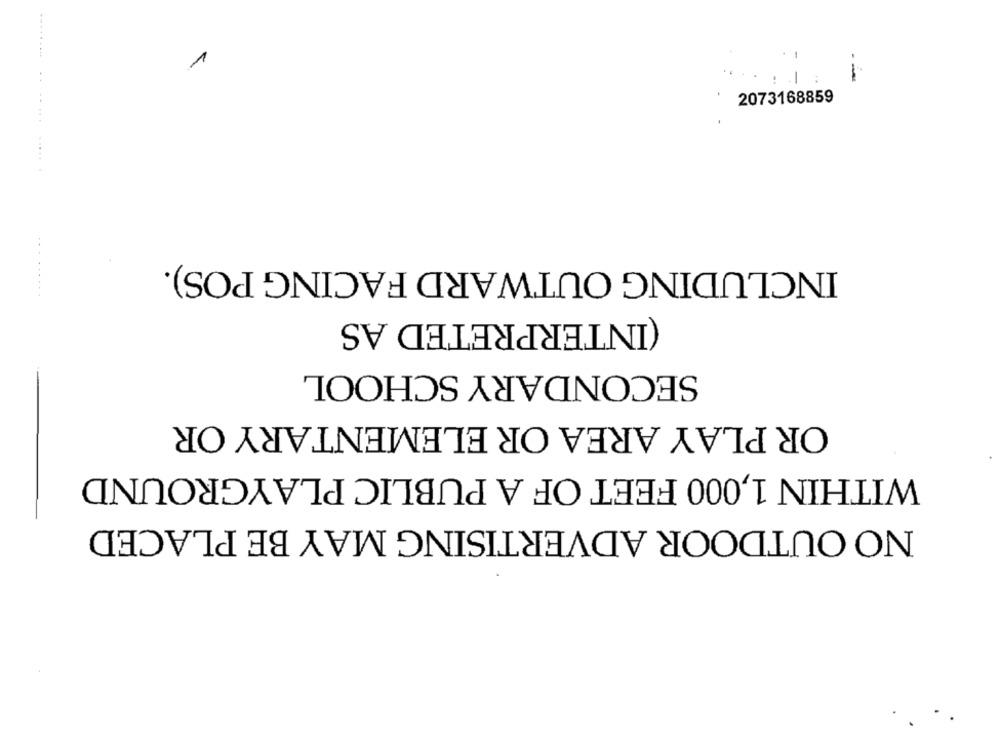
--
2073168859
INCLUDING OUTWARD FACING POS).
(INTERPRETED AS
SECONDARY SCHOOL
OR PLAY AREA OR ELEMENTARY OR
WITHIN 1,000 FEET OF A PUBLIC PLAYGROUND
NO OUTDOOR ADVERTISING MAY BE PLACED